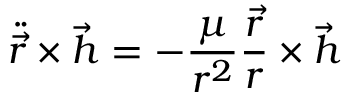
{ \ddot { \vec { r } } } \times { \vec { h } } = - { \frac { \mu } { r ^ { 2 } } } { \frac { \vec { r } } { r } } \times { \vec { h } }